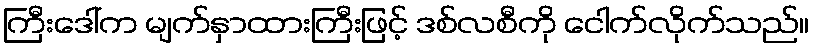
ကြီးဒေါ်က မျက်နှာထားကြီးဖြင့် ဒစ်လစီကို ငေါက်လိုက်သည်။